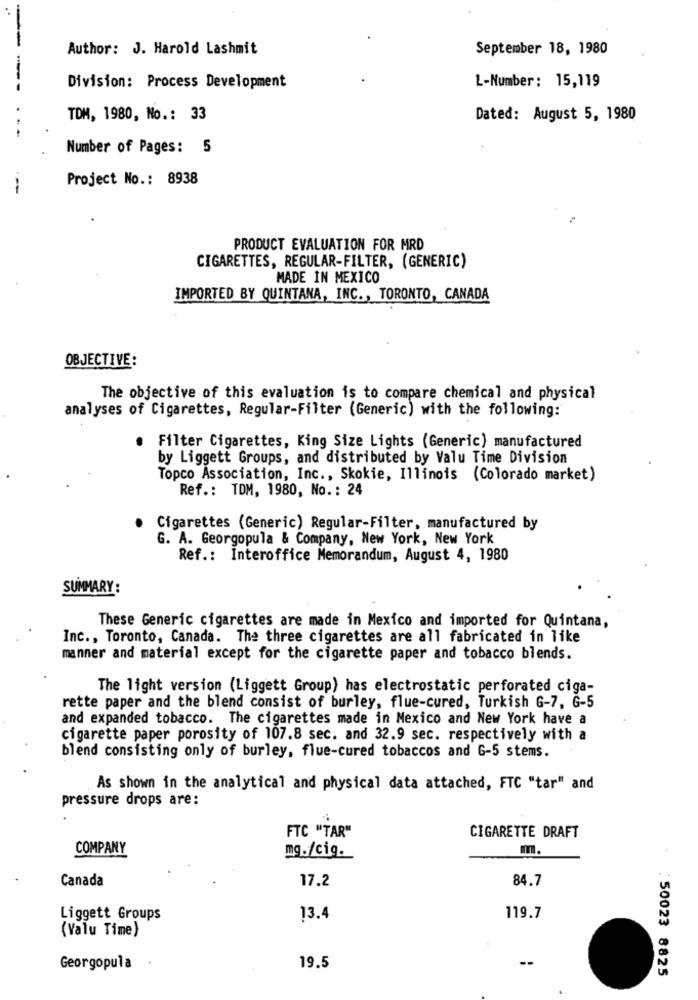
Author: J. Harold Lashmit
September 18, 1980
L-Number : 15,119
Division: Process Development
TDM, 1980, No .: 33
Dated: August 5, 1980
..
Number of Pages: 5
Project No .: 8938
--
PRODUCT EVALUATION FOR MRD
CIGARETTES, REGULAR-FILTER, (GENERIC)
MADE IN MEXICO
IMPORTED BY QUINTANA, INC ., TORONTO, CANADA
OBJECTIVE:
The objective of this evaluation is to compare chemical and physical
analyses of Cigarettes, Regular-Filter (Generic) with the following:
. Filter Cigarettes, King Size Lights (Generic) manufactured
by Liggett Groups, and distributed by Valu Time Division
Topco Association, Inc ., Skokie, Illinois (Colorado market)
Ref .: TDM, 1980, No .: 24
· Cigarettes (Generic) Regular-Filter, manufactured by
G. A. Georgopula & Company, New York, New York
Ref .: Interoffice Memorandum, August 4, 1980
SUMMARY:
These Generic cigarettes are made in Mexico and imported for Quintana,
Inc ., Toronto, Canada. The three cigarettes are all fabricated in like
manner and material except for the cigarette paper and tobacco blends.
The light version (Liggett Group) has electrostatic perforated ciga-
rette paper and the blend consist of burley, flue-cured, Turkish G-7, G-5
and expanded tobacco. The cigarettes made in Mexico and New York have a
cigarette paper porosity of 107.8 sec. and 32.9 sec. respectively with a
blend consisting only of burley, flue-cured tobaccos and 6-5 stems.
As shown in the analytical and physical data attached, FTC "tar" and
pressure drops are:
FTC "TAR"
CIGARETTE DRAFT
COMPANY
m.
mg./cig.
Canada
17.2
84.7
Liggett Groups
13.4
119.7
(Valu Time)
Georgopula
19.5
.: 50023 8825